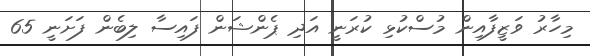
މިހާރު ވަޒީފާއިން މުސްކުޅި ކުރަނީ އަދި ޕެންޝަން ފައިސާ ލިބެން ފަށަނީ 65